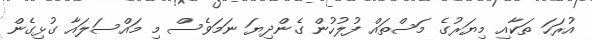
އުރަހަ ތަކާއި މިޔަރުގެ މަސްތައް ފުލުހުން ގެންދިޔަ ނަމަވެސް މި މައްސަލައާ ގުޅިގެން